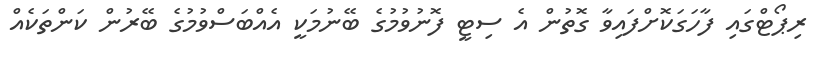
ރިޕޯޓްގައި ފާހަގަކޮށްފައިވާ ގޮތުން އެ ސިޓީ ފޮނުވުމުގެ ބޭނުމަކީ އެއްބަސްވުމުގެ ބޭރުން ކަންތަކެއް